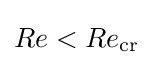
Re<Re_{\mathrm {cr} }